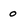
Character: 0